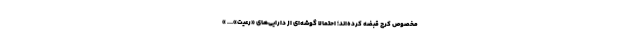
مخصوص کرج قبضه کرده‌اند؛ احتمالا گوشه‌ای از دارایی‌های «رعیت»... »